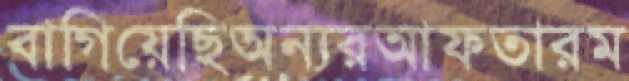
বাগিয়েছিঅন্যরআফতারম